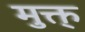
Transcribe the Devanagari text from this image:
मुक्त्